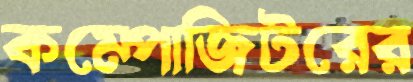
কম্পোজিটরের